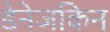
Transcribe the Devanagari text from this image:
डेनेजकिन